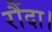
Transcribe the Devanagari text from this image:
रौंदा।